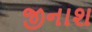
જીનાશ